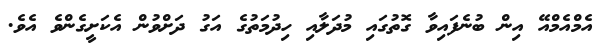
އެމްއެމްއޭ އިން ބުނެފައިވާ ގޮތުގައި މުދަލާއި ހިދުމަތުގެ އަގު ދަށްވުން އެކަށީގެންވެ އެވެ.